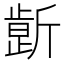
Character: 𰕤